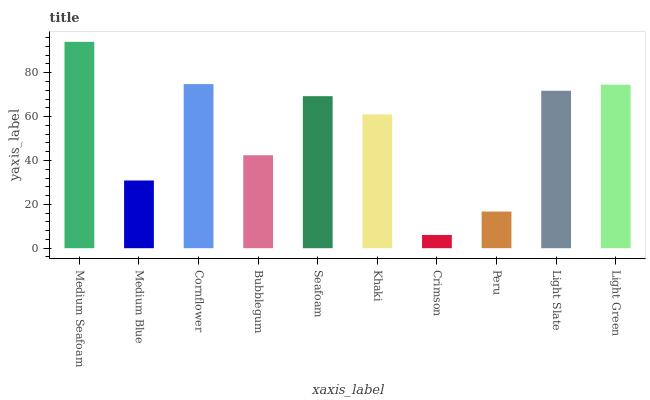
| xaxis_label | bars |
 | --- | --- |
 | Medium Seafoam | 94.1 |
 | Medium Blue | 30.9 |
 | Cornflower | 74.8 |
 | Bubblegum | 42.4 |
 | Seafoam | 69.3 |
 | Khaki | 61 |
 | Crimson | 6.04 |
 | Peru | 16.7 |
 | Light Slate | 71.8 |
 | Light Green | 74.6 |